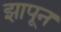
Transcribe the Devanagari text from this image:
झापून